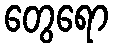
တွေရော